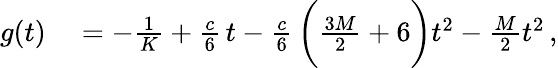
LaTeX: \begin{array}{rl}{g(t)}&{{}=-\frac{1}{K}+\frac{c}{6}\, t-\frac{c}{6}\, \bigg(\frac{3M}{2}+6\bigg)t^{2}-\frac{M}{2}t^{2}\, ,}\end{array}